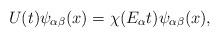
LaTeX: \begin{align*}U(t)\psi _{\alpha \beta} (x)=\chi (E_{\alpha} t)\psi _{\alpha \beta} (x),\end{align*}